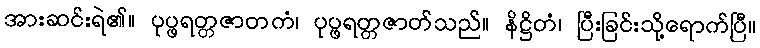
အားဆင်းရဲ၏။ ပုပ္ဖရတ္တဇာတကံ၊ ပုပ္ဖရတ္တဇာတ်သည်။ နိဋ္ဌိတံ၊ ပြီးခြင်းသို့ရောက်ပြီ။